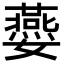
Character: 𡤈